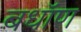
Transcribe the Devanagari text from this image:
बधॉण